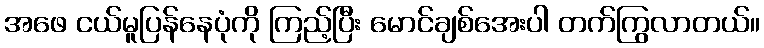
အဖေ ငယ်မူပြန်နေပုံကို ကြည့်ပြီး မောင်ချစ်အေးပါ တက်ကြွလာတယ်။